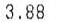
3.88